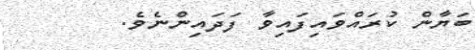
ބަޔާން ކުރައްވައިފައިވާ ފަދައިންނެވެ.